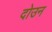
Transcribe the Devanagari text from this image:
दोउन